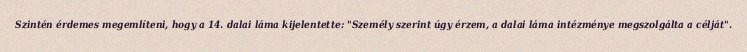
Szintén érdemes megemlíteni, hogy a 14. dalai láma kijelentette: "Személy szerint úgy érzem, a dalai láma intézménye megszolgálta a célját".